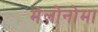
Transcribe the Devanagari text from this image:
मेलोनोमा